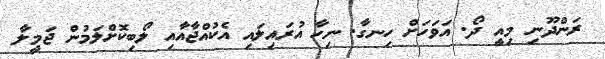
ރަންދޫނި މިއީ ދޯ. އަވަހަށް ހިނގާ. ނިހާ އުރައިލައި އެކުއްޖާއާއި ލޯބިކޮށްލަމުން ޖަމީލާ